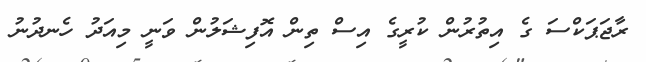
ރާޖަޕަކްސަ ގެ އިތުރުން ކުރީގެ އިސް ތިން އޮފިޝަލުން ވަނީ މިއަދު ހެނދުނު